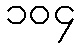
၁၀၄